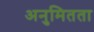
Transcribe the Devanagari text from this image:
अनुमितता